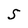
Character: S